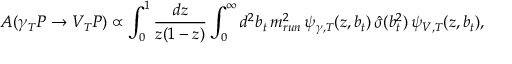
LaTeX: A ( \gamma _ { T } P \rightarrow V _ { T } P ) \propto \int _ { 0 } ^ { 1 } \frac { d z } { z ( 1 - z ) } \int _ { 0 } ^ { \infty } d ^ { 2 } b _ { t } \, m _ { r u n } ^ { 2 } \, \psi _ { \gamma , T } ( z , b _ { t } ) \, { \hat { \sigma } } ( b _ { t } ^ { 2 } ) \, \psi _ { V , T } ( z , b _ { t } ) ,